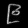
Digit: ၉